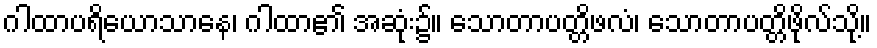
ဂါထာပရိယောသာနေ၊ ဂါထာ၏ အဆုံး၌။ သောတာပတ္တိဖလံ၊ သောတာပတ္တိဖိုလ်သို့။